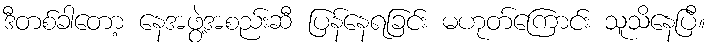
ဒီတစ်ခါတော့ နေအဖွဲ့အစည်းဆီ ပြန်နေရခြင်း မဟုတ်ကြောင်း သူသိနေပြီ။